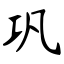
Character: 巩